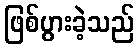
ဖြစ်ပွားခဲ့သည်